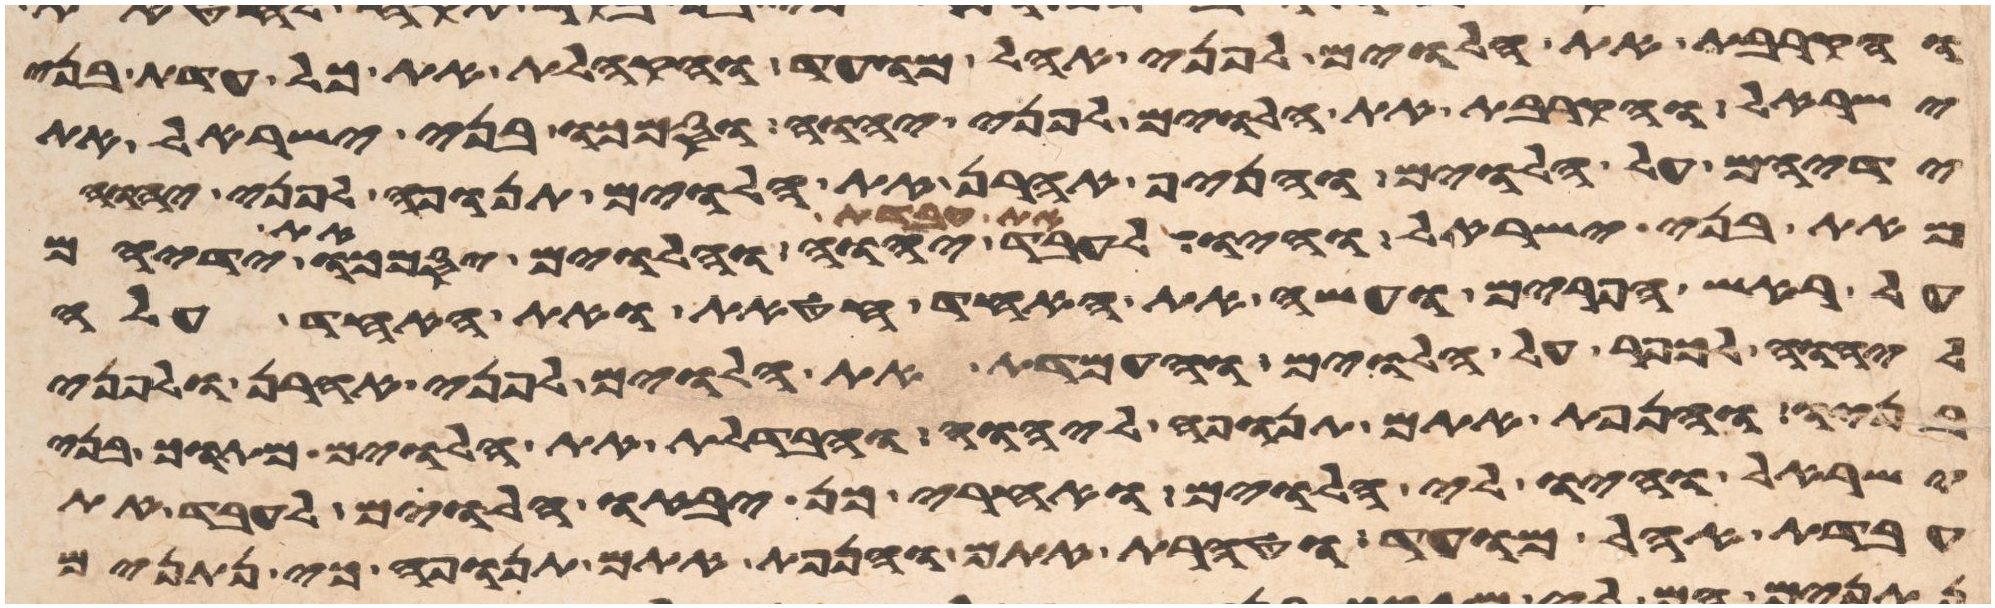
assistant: והקרבת את הלוים לפני אהל מועד והקהלת את כל עדת בני
ישראל והקרבת את הלוים לפני יהוה וסמכו בני ישראל את
ידיהם על הלוים והניף אהרן את הלוים תנופה לפני יהוה
מאת בני ישראל והיו לעבד את עבדת יהוה והלוים יסמכו את ידיהם
על ראש הפרים ועשה את האחד חטאת ואת האחד עלה
ליהוה לכפר על הלוים והעמדת את הלוים לפני אהרן ולפני
בניו והנפת אתם תנופה ליהוה והבדלת את הלוים מתוך בני
ישראל והיו לי הלוים ואחרי כן יבאו הלוים לעבד את
עבדת אהל מועד וטהרת אתם והנפת אתם תנופה כי נתנים